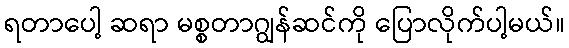
ရတာပေါ့ ဆရာ မစ္စတာဂျွန်ဆင်ကို ပြောလိုက်ပါ့မယ်။